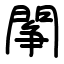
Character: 䦛